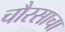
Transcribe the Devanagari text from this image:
चौरसाचा